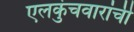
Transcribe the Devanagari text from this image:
एलकुंचवारांची